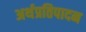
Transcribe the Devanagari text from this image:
अर्थप्रतिपादन